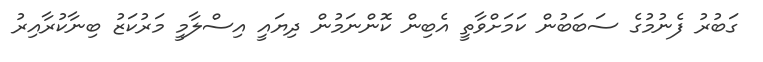
ގަބުރު ފެނުމުގެ ސަބަބުން ކަމަށްވާތީ އެބިން ކޮންނަމުން ދިޔައީ އިސްލާމީ މަރުކަޒު ބިނާކުރާއިރު